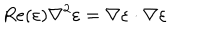
LaTeX: R e ( \varepsilon ) \nabla ^ { 2 } \varepsilon = \nabla \varepsilon \cdot \nabla \varepsilon